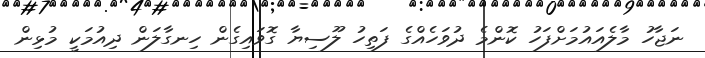
ނަޖާހު މާލެއައުމަށްފަހު ކޮންމެ ދުވަހެއްގެ ފަތިހު ލޫސިޔާ ގޮވައިގެން ހިނގާލަން ދިއުމަކީ މުޅިން